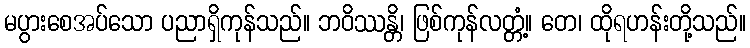
မပွားစေအပ်သော ပညာရှိကုန်သည်။ ဘဝိဿန္တိ၊ ဖြစ်ကုန်လတ္တံ့။ တေ၊ ထိုရဟန်းတို့သည်။